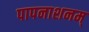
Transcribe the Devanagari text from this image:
पापनाशनम्